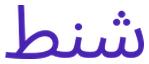
شنط